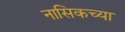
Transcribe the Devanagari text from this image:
नासिकच्या